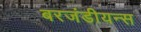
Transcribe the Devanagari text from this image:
बरजंडीयन्स